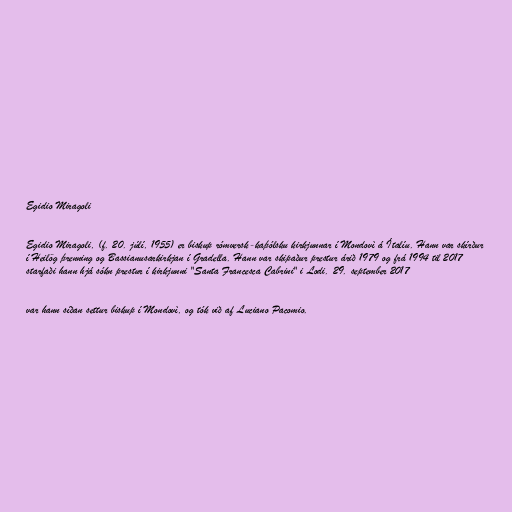
Egidio Miragoli

Egidio Miragoli, (f. 20. júlí, 1955) er biskup rómversk-kaþólsku kirkjunnar í Mondovì á Ítalíu. Hann var skírður
í Heilög þrenning og Bassianusarkirkjan í Gradella. Hann var skipaður prestur árið 1979 og frá 1994 til 2017
starfaði hann hjá sókn prestur í kirkjunni "Santa Francesca Cabrini" i Lodi. 29. september 2017

var hann síðan settur biskup í Mondovì, og tók við af Luciano Pacomio.